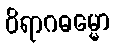
ဝိရာဂဓမ္မော